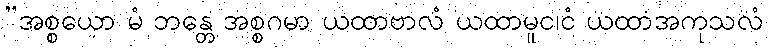
”အစ္စယော မံ ဘန္တေ အစ္စဂမာ ယထာဗာလံ ယထာမူင၊ငံ ယထာအကုသလံ